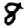
Digit: 8